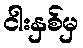
ငါးနှစ်မှ